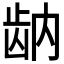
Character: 𬹻